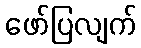
ဖော်ပြလျက်